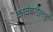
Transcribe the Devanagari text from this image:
कादंबरीलाही